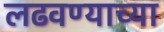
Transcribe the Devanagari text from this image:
लढवण्याच्या